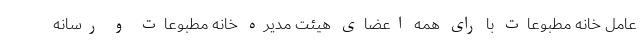
عامل خانه مطبوعات با رای همه اعضای هیئت مدیره خانه مطبوعات و رسانه